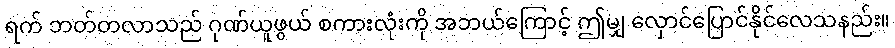
ရက် ဘတ်တလာသည် ဂုဏ်ယူဖွယ် စကားလုံးကို အဘယ်ကြောင့် ဤမျှ လှောင်ပြောင်နိုင်လေသနည်း။